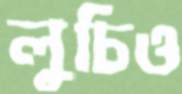
লুচিও